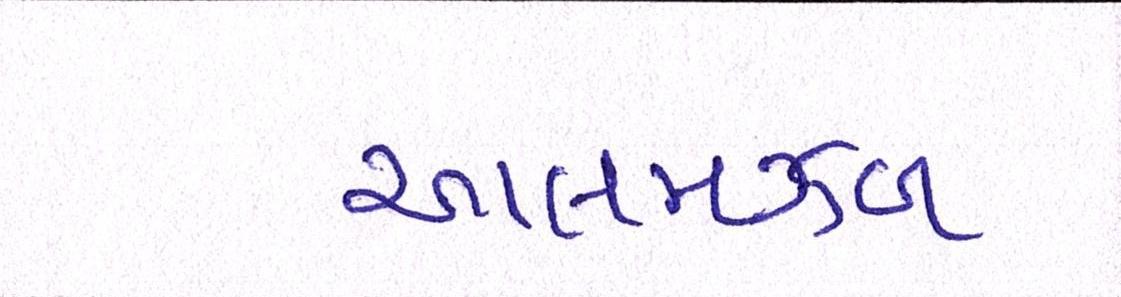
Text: આલમઝેબ